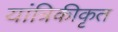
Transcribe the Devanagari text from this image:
यांत्रिकीकृत